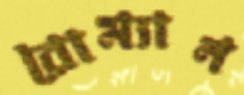
রোম্যান